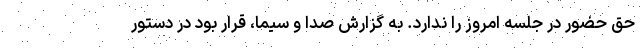
حق حضور در جلسه امروز را ندارد. به گزارش صدا و سیما، قرار بود در دستور